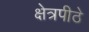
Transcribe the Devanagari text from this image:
क्षेत्रपीठे